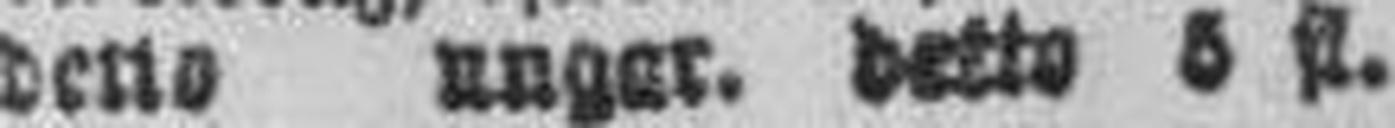
detto ungar, detto 5 fl.